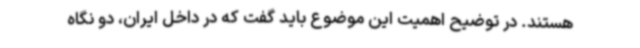
هستند. در توضیح اهمیت این موضوع باید گفت که در داخل ایران، دو نگاه